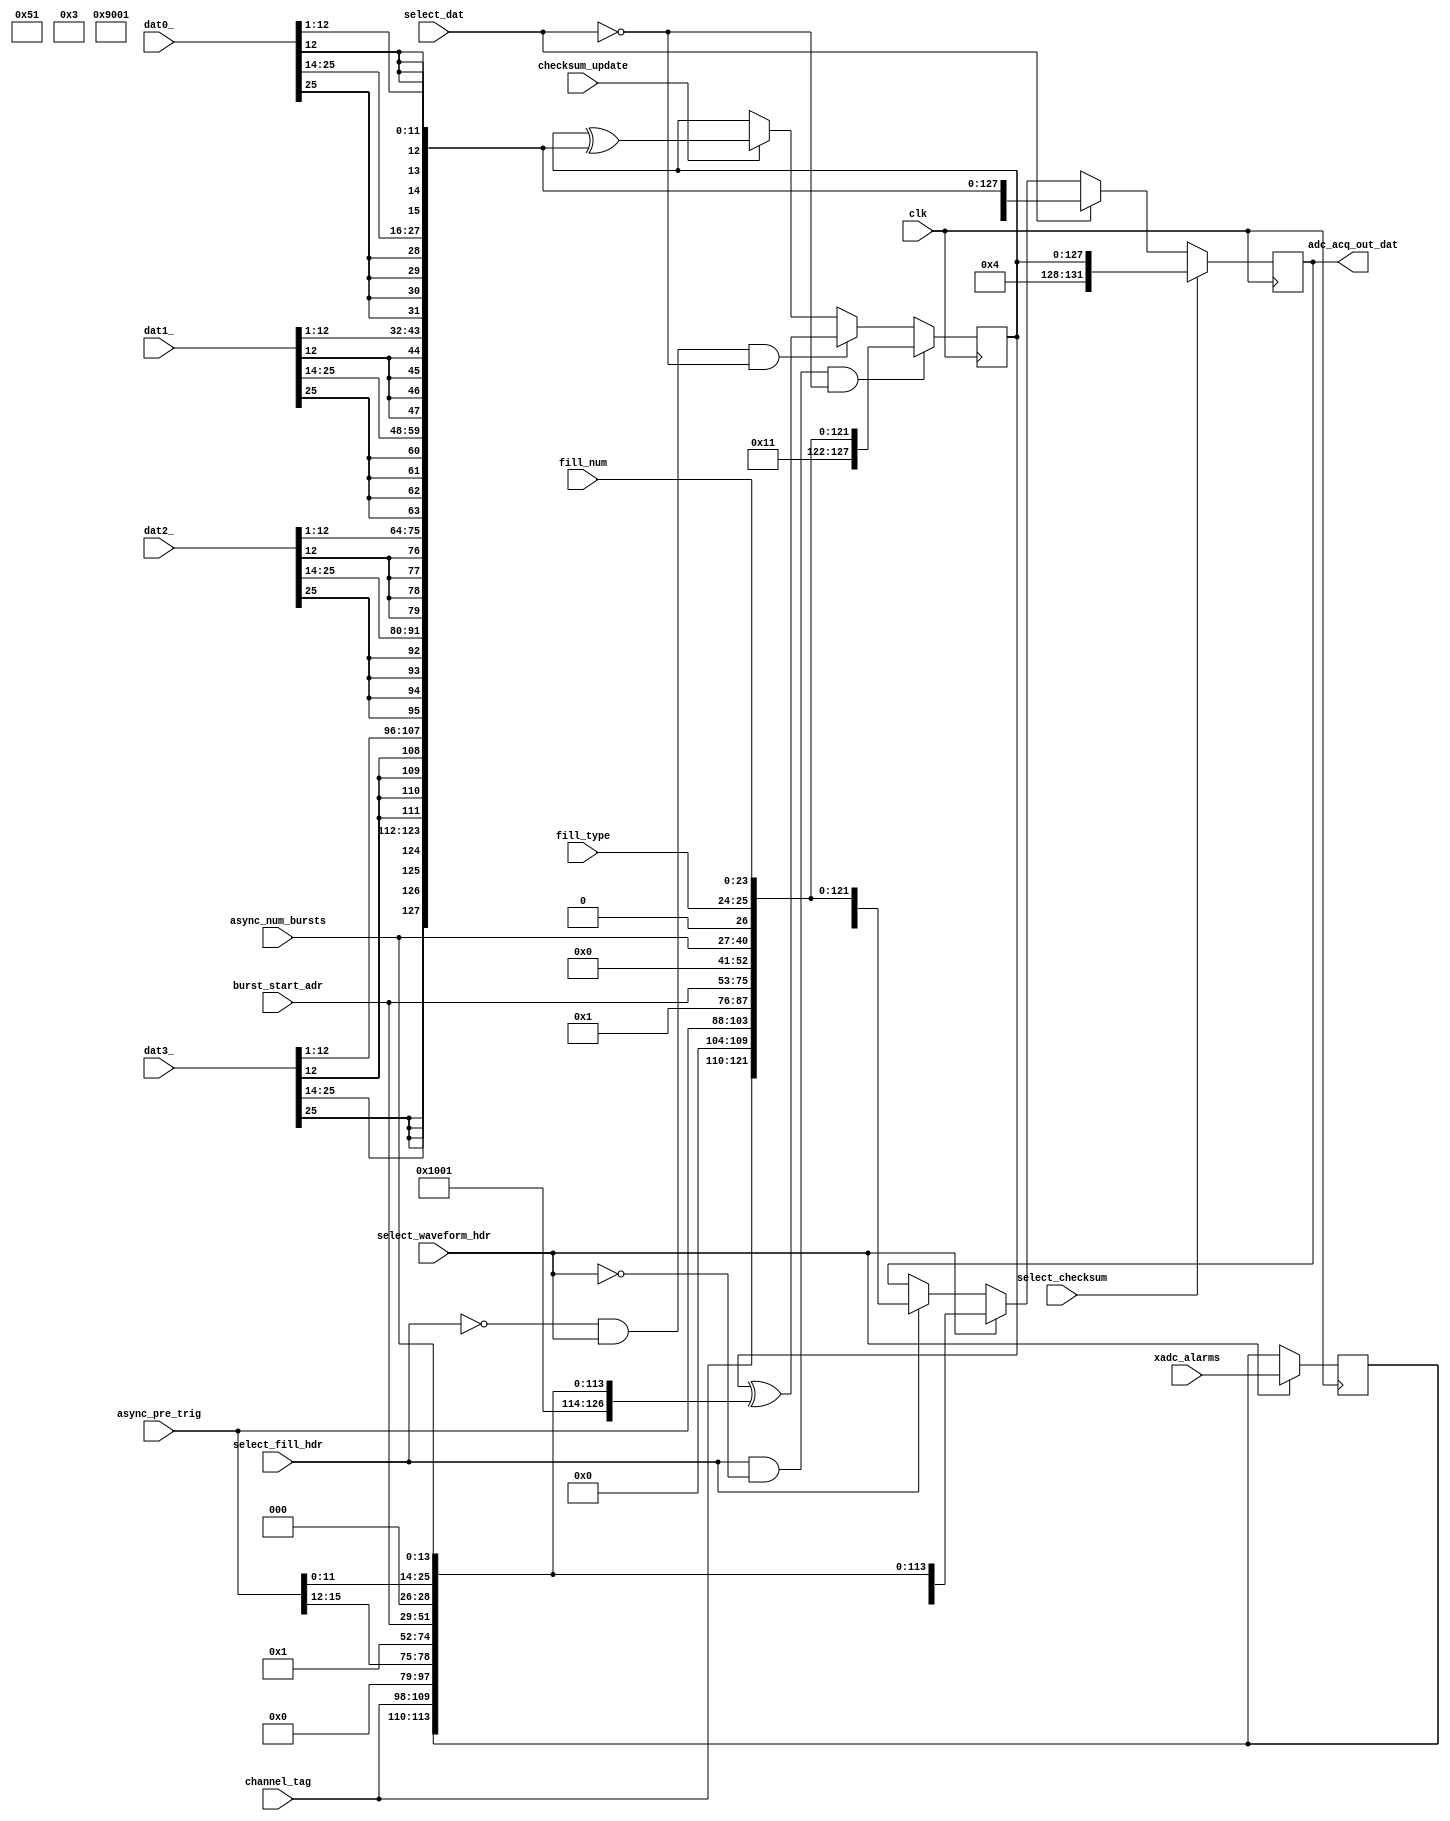
`timescale 1ns / 10ps

///////////////////////////////////////////////////////////////////////////////////////
// Create a mux that will supply one of the following to the DDR3 write FIFO:
//  1) fill header
//  2) waveform header
//  3) ADC data
//  4) checksum 
// All bit ordering for the headers and the ADC data is done in this mux

module adc_dat_mux_CBUF (
    // inputs
    input [25:0] dat3_,                // a pair of ADC samples and a pair of over-range bits
    input [25:0] dat2_,                // a pair of ADC samples and a pair of over-range bits
    input [25:0] dat1_,                // a pair of ADC samples and a pair of over-range bits
    input [25:0] dat0_,                // a pair of ADC samples and a pair of over-range bits
    input [11:0] channel_tag,          // stuff about the channel to put in the header
    input [1:0] fill_type,             // to determine how much data to collect
    input [22:0] burst_start_adr,      // first DDR3 memory location for this fill
    input [23:0] fill_num,             // fill number for this fill
    input [3:0] xadc_alarms,
    input clk,
    input [13:0] async_num_bursts,     // number of 8-sample bursts in an ASYNC waveform
    input [15:0] async_pre_trig,       // number of pre-trigger 400 MHz ADC clocks in an ASYNC waveform
    input select_fill_hdr,                 // selects fill header
    input select_waveform_hdr,         // selects waveform header
    input select_dat,                  // selects data
    input select_checksum,             // selects checksum
    input checksum_update,               // update the checksum
    // outputs
    output reg [131:0] adc_acq_out_dat // 132-bit: 4-bit tag plus 128-bit header or ADC data
);

//////////////////////////////////////
// assemble the cbuf mode fill header
wire [131:0] fill_header;
assign fill_header[ 23:  0] = fill_num[23:0];                // 24-bit fill number from register R0, incremented each fill
assign fill_header[ 25: 24] = fill_type[1:0];                //  2-bit fill type from pins "ACQ_ENABLE[1:0]"
assign fill_header[     26] = 1'b0;                          //  1-bit fill header format: sync=0, async=1
assign fill_header[ 40: 27] = async_num_bursts[13:0];        // 14-bit value for number of bursts per trigger from register R20
assign fill_header[ 49: 41] = 9'd0;                          //  9-bit all zero for compatibility with burst count for sync mode
assign fill_header[ 75: 50] = {burst_start_adr[22:0], 3'd0}; // 23-bit DDR3 burst address, 3 LSBs always zero,
assign fill_header[ 87: 76] = 12'd1;                         // 12-bit final waveform (trigger) count.  By def just 1 for cbuf mode
assign fill_header[103: 88] = async_pre_trig[15:0];          // 16-bit number of pre-trigger ADC pairs from register R21
assign fill_header[109:104] = 5'd0;                          //  5-bit unused
assign fill_header[121:110] = channel_tag[11:0];             // 12-bit channel tag
assign fill_header[122:122] = 1'b1;                          //  1-bit sync = async=0, cbuf=1 flag, if needed
assign fill_header[125:123] = 3'd0;                          //  unused
assign fill_header[127:126] = 2'b01;                         //  2-bit header tag; this pattern cannot appear in sign-extended data (always 2'b00 or 2'b11)
assign fill_header[131:128] = 4'd1;                          //  4-bit burst contents tag, tag = '1' for fill header

//////////////////////////////////////////
// assemble the cbuf mode waveform header
wire [131:0] waveform_header;
reg  [4  :0] latched_xadc_alarms;
assign waveform_header[ 13:  0] = async_num_bursts[13:0];           // 14-bit value for number of bursts per trigger from register R20
assign waveform_header[ 25: 14] = async_pre_trig[11:0];             // 12-bit LSB value for number of pre-trigger ADC pairs from register R21
assign waveform_header[ 51: 26] = {burst_start_adr[22:0], 3'd0};    // 26-bit waveform starting address
assign waveform_header[ 74: 52] = 23'd1;                            // 23-bit waveform (trigger) index
assign waveform_header[ 78: 75] = async_pre_trig[15:12];            //  4-bit MSB value for number of pre-trigger ADC pairs from register R21
assign waveform_header[ 97: 79] = 19'd0;                            // 19-bit unused
assign waveform_header[109: 98] = channel_tag[11:0];                // 12-bit channel tag

assign waveform_header[113:110] = latched_xadc_alarms[3:0];         //  4-bit alarms from XADC
assign waveform_header[    114] = 1'b1;                             //  1-bit sync = async=0, cbuf=1 flag
assign waveform_header[125:115] = 11'd0;                            // 11-bit unused
assign waveform_header[127:126] = 2'b01;                            //  2-bit header tag; this pattern cannot appear in sign-extended data (always 2'b00 or 2'b11)
assign waveform_header[131:128] = 4'd2;                             //  4-bit burst contents tag, tag = '2' for waveform header

////////////////////
// assemble the data
wire [131:0] data;
// put 8 ADC samples into 8 16-bit words.
// omit the overrange bit and sign extend into the upper 4 bits of each word
assign data[ 11:  0] = dat0_[12:1];                                  // 0 oldest sample data
assign data[ 15: 12] = {dat0_[12], dat0_[12], dat0_[12], dat0_[12]}; // 0 oldest sample sign extension

assign data[ 27: 16] = dat0_[25:14];                                 // 1 sample data
assign data[ 31: 28] = {dat0_[25], dat0_[25], dat0_[25], dat0_[25]}; // 1 sample sign extension

assign data[ 43: 32] = dat1_[12:1];                                  // 2 oldest sample data
assign data[ 47: 44] = {dat1_[12], dat1_[12], dat1_[12], dat1_[12]}; // 2 sample sign extension

assign data[ 59: 48] = dat1_[25:14];                                 // 3 sample data
assign data[ 63: 60] = {dat1_[25], dat1_[25], dat1_[25], dat1_[25]}; // 3 sample sign extension

assign data[ 75: 64] = dat2_[12:1];                                  // 4 sample data
assign data[ 79: 76] = {dat2_[12], dat2_[12], dat2_[12], dat2_[12]}; // 4 sample sign extension

assign data[ 91: 80] = dat2_[25:14];                                 // 5 sample data
assign data[ 95: 92] = {dat2_[25], dat2_[25], dat2_[25], dat2_[25]}; // 5 sample sign extension

assign data[107: 96] = dat3_[12:1];                                  // 6 sample data
assign data[111:108] = {dat3_[12], dat3_[12], dat3_[12], dat3_[12]}; // 6 sample sign extension

assign data[123:112] = dat3_[25:14];                                 // 7 sample data
assign data[127:124] = {dat3_[25], dat3_[25], dat3_[25], dat3_[25]}; // 7 sample sign extension

// tag = '3' for data
assign data[131:128] = 4'd3;

/////////////////////////////
// create a checksum register
reg [127:0] checksum;
wire [3:0] checksum_tag;
// tag = '4' for checksum
assign checksum_tag[3:0] = 4'd4;

always @(posedge clk) begin
    if (select_fill_hdr && !select_waveform_hdr && !select_dat) begin
        // initialize the checksum, exclude the 4-bit tag
        checksum[127:0] <= #1 fill_header[127:0];
    end

    else if (!select_fill_hdr && select_waveform_hdr &&  !select_dat) begin
        // XOR the current waveform header with the checksum, exclude the 4-bit tag
        checksum[127:0] <= #1 checksum[127:0] ^ waveform_header[127:0];
    end
    
    else if (checksum_update) begin
        // XOR the data with the checksum, exclude the 4-bit tag
        checksum[127:0] <= #1 checksum[127:0] ^ data[127:0];
    end
end

///////////////////////////////////////////////////////////////////////
// make a mux to select fill header, waveform header, data, or checksum
always @(posedge clk) begin
    if (select_fill_hdr) begin
        // connect fill header bits
        adc_acq_out_dat[131:0] <= #1 fill_header[131:0];
    end
    if (select_waveform_hdr) begin
    // latch the xadc alarms so that they cannot change between checksum calc and sending data
        latched_xadc_alarms[3:0] = xadc_alarms[3:0];
        // connect waveform header bits
        adc_acq_out_dat[131:0] <= #1 waveform_header[131:0];
    end
    if (select_dat) begin
        // connect the data to the output
        adc_acq_out_dat[131:0] <= #1 data[131:0];
    end
    if (select_checksum) begin
        // connect the checksum to the output
        adc_acq_out_dat[131:0] <= #1 {checksum_tag[3:0], checksum[127:0]};
    end
end

endmodule